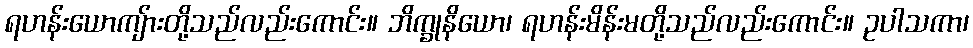
ရဟန်းယောကျ်ားတို့သည်လည်းကောင်း။ ဘိက္ခုနိယော၊ ရဟန်းမိန်းမတို့သည်လည်းကောင်း။ ဥပါသကာ၊